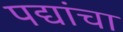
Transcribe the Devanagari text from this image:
पद्यांचा